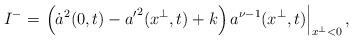
LaTeX: \begin{align*}I^{-} =\left.\left(\dot{a}^2(0,t)-{a'}^2(x^\perp,t)+k\right)a^{\nu-1}(x^\perp,t)\right|_{x^\perp < 0},\end{align*}